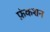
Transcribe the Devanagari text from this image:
फ़ंकशन